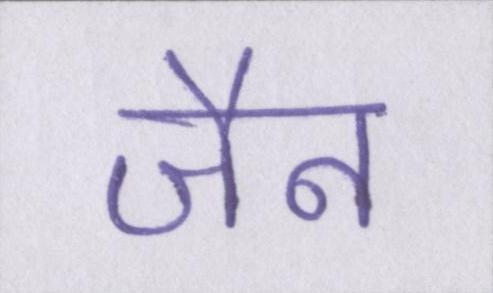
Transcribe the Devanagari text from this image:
जैन